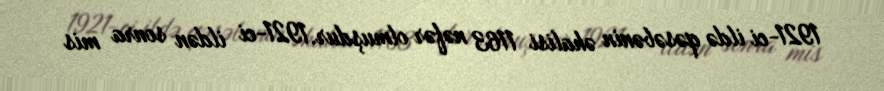
1921-ci ildə qəsəbənin əhalisi 1163 nəfər olmuşdur.1921-ci ildən sonra mis